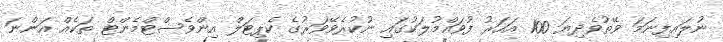
ނުލައިފިނަމަ ވޭތުވެދިޔަ 100 އަހަރު ފުވައްމުލަކުގައި ނުކުރެވޭވަރުގެ ކެޕިޓަލް އިންވެސްޓްމެންޓް ތަކެއް އަންނަ